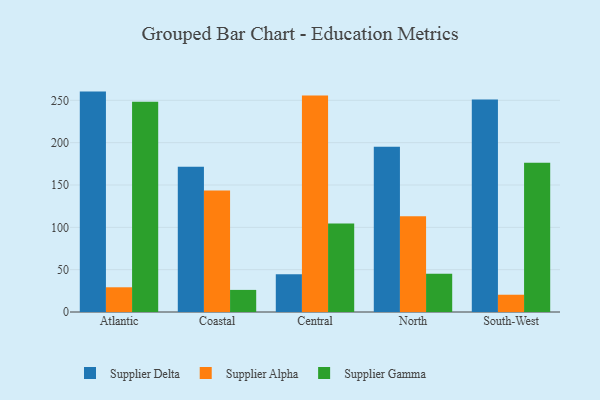
{"axis": {"x": "Region", "y": "Operating Costs (USD K)"}, "legend": ["Supplier Alpha", "Supplier Delta", "Supplier Gamma"], "data": [{"x": "Atlantic", "y": 260.3, "type": "Supplier Delta"}, {"x": "Atlantic", "y": 29.2, "type": "Supplier Alpha"}, {"x": "Atlantic", "y": 248.2, "type": "Supplier Gamma"}, {"x": "Coastal", "y": 171.6, "type": "Supplier Delta"}, {"x": "Coastal", "y": 143.6, "type": "Supplier Alpha"}, {"x": "Coastal", "y": 26.1, "type": "Supplier Gamma"}, {"x": "Central", "y": 44.7, "type": "Supplier Delta"}, {"x": "Central", "y": 255.7, "type": "Supplier Alpha"}, {"x": "Central", "y": 104.6, "type": "Supplier Gamma"}, {"x": "North", "y": 195.2, "type": "Supplier Delta"}, {"x": "North", "y": 113.2, "type": "Supplier Alpha"}, {"x": "North", "y": 45.3, "type": "Supplier Gamma"}, {"x": "South-West", "y": 251.1, "type": "Supplier Delta"}, {"x": "South-West", "y": 20.4, "type": "Supplier Alpha"}, {"x": "South-West", "y": 176.3, "type": "Supplier Gamma"}]}